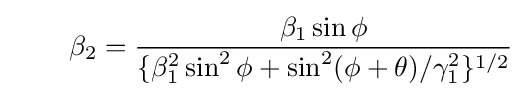
\quad \quad \beta _{2}={\frac {\beta _{1}\sin {\phi }}{\{\beta _{1}^{2}\sin ^{2}{\phi }+\sin ^{2}(\phi +\theta )/\gamma _{1}^{2}\}^{1/2}}}